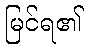
မြင်ရ၏